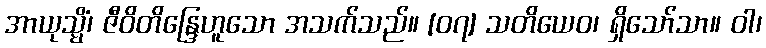
အာယုသ္မိံ၊ ဇီဝိတိန္ဒြေဟူသော အသက်သည်။ [၀၇] သတိယေဝ၊ ရှိသော်သာ။ ဝါ၊